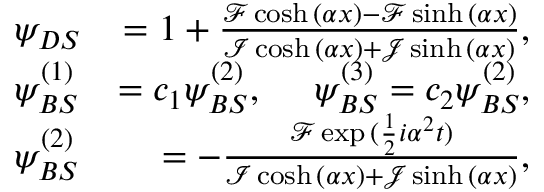
\begin{array} { r l r } & { \psi _ { D S } } & { = 1 + \frac { \mathcal { F } \cosh { ( \alpha x ) } - \mathcal { F } \sinh { ( \alpha x ) } } { \mathcal { I } \cosh { ( \alpha x ) } + \mathcal { J } \sinh { ( \alpha x ) } } , } \\ & { \psi _ { B S } ^ { ( 1 ) } } & { = c _ { 1 } \psi _ { B S } ^ { ( 2 ) } , ~ ~ ~ ~ \psi _ { B S } ^ { ( 3 ) } = c _ { 2 } \psi _ { B S } ^ { ( 2 ) } , } \\ & { \psi _ { B S } ^ { ( 2 ) } } & { = - \frac { \mathcal { F } \exp { ( \frac { 1 } { 2 } i \alpha ^ { 2 } t ) } } { \mathcal { I } \cosh { ( \alpha x ) } + \mathcal { J } \sinh { ( \alpha x ) } } , } \end{array}